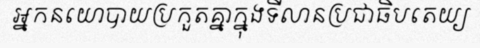
អ្នកនយោបាយប្រកួតគ្នាក្នុងទីលានប្រជាធិបតេយ្យ